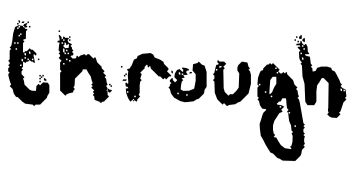
Text: through
Cross-out: clean
Writing tool: digital_black